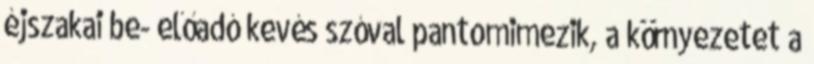
éjszakai be- előadó kevés szóval pantomimezik, a környezetet a